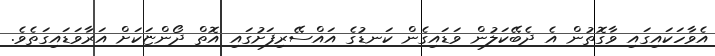
އެވާހަކައިގައި ވާގޮތުން އެ ދެބޭކަލުން ވަޑައިގެން ކަނޑުގެ އައްސޭރިފަށުގައި އޮތް ދޯންޏަކަށް އަރާވަޑައިގަތެވެ.